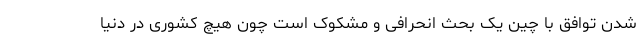
شدن توافق با چین یک بحث انحرافی و مشکوک است چون هیچ کشوری در دنیا